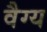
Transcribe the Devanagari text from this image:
वैग्य